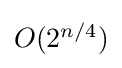
{\textstyle O(2^{n/4})}